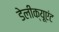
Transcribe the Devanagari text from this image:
डेलीक्यूएंट